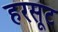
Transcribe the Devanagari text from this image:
हरसूट